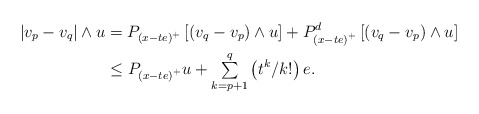
\begin{align*}\left\vert v_{p}-v_{q}\right\vert \wedge u & =P_{\left( x-te\right) ^{+}}\left[ \left( v_{q}-v_{p}\right) \wedge u\right] +P_{\left( x-te\right)^{+}}^{d}\left[ \left( v_{q}-v_{p}\right) \wedge u\right] \\& \leq P_{\left( x-te\right) ^{+}}u+{\textstyle\sum\limits_{k=p+1}^{q}}\left( t^{k}/k!\right) e.\end{align*}